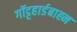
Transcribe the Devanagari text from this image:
गॉट्टहार्डबाह्न